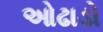
ઓઢાડો